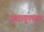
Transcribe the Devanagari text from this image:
उच्चायुक्तगण